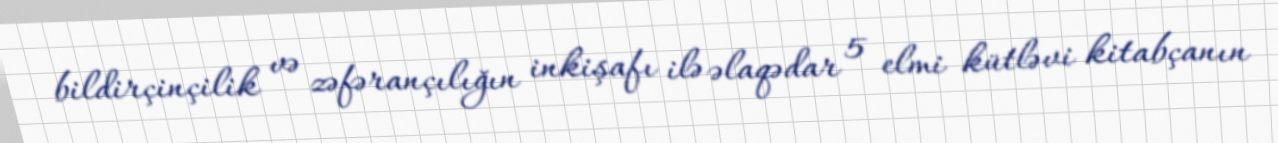
bildirçinçilik və zəfərançılığın inkişafı ilə əlaqədar 5 elmi kütləvi kitabçanın